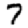
Digit: 7